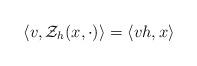
LaTeX: \begin{align*} \langle{v, \mathcal Z_h (x,\cdot)}\rangle =\langle{vh,x}\rangle\end{align*}